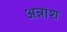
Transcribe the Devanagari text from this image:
अन्नांश